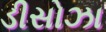
ડીસોઝા